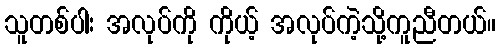
သူတစ်ပါး အလုပ်ကို ကိုယ့် အလုပ်ကဲ့သို့ကူညီတယ်။